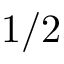
1 / 2